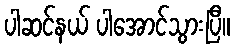
ပါဆင်နယ် ပါအောင်သွားပြီ။